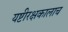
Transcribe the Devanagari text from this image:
यष्टीरक्षकालाच